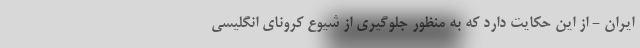
ایران - از این حکایت دارد که به منظور جلوگیری از شیوع کرونای انگلیسی